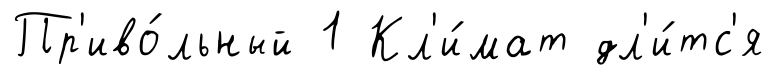
Пр'иво́льный 1 Кл'и́мат дл'и́тс'я